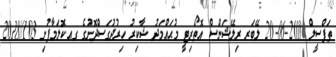
ތަފްސީލް 2018-06-20 ލޭބަރ ރިލޭޝަންސް އޮތޯރިޓީ މުޙައްމަދު ޝާކިރު ހިރުދުގަސްދޮށުގެ ގއ.ކޮލަމާފުށި 103//2018